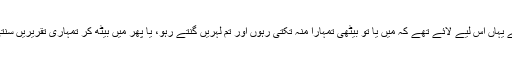
تم مجھے یہاں اس لیے لائے تھے کہ میں یا تو بیٹھی تمہارا منہ تکتی رہوں اور تم لہریں گنتے رہو، یا پھر میں بیٹھ کر تمہاری تقریریں سنتی رہوں۔